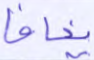
يخافا